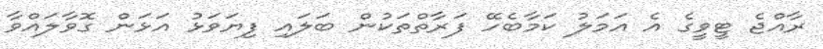
ރާއްޖެ ޓީވީގެ އެ އަމަލު ކަމާބެހޭ ފަރާތްތަކުން ބަލައި ފިޔަވަޅު އަޅަން ގޮވާލައްވާ